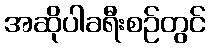
အဆိုပါခရီးစဉ်တွင်